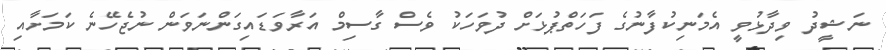
ނަޝީދު ވިދާޅުވީ އެމަނިކުފާނުގެ ފަހަތްޕުޅަށް ދުވަހަކު ވެސް ގާސިމް އަރާވަޑަައިގަންނަވަން ނުޖެހޭނެ ކަމަށާއި